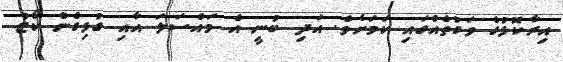
އިރާކޮޅުގެ ވަގުތެއްގައި ކަމަށެވެ. އަދި ބުނީ އެ މައްސަލަ އާއި ގުޅިގެން ކޯޓު